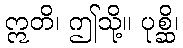
ဣတိ၊ ဤသို့။ ပုစ္ဆိ၊